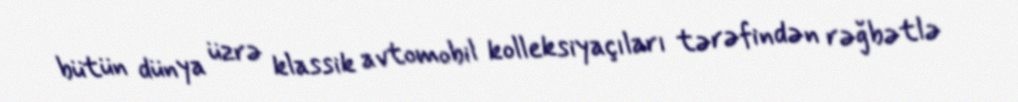
bütün dünya üzrə klassik avtomobil kolleksiyaçıları tərəfindən rəğbətlə